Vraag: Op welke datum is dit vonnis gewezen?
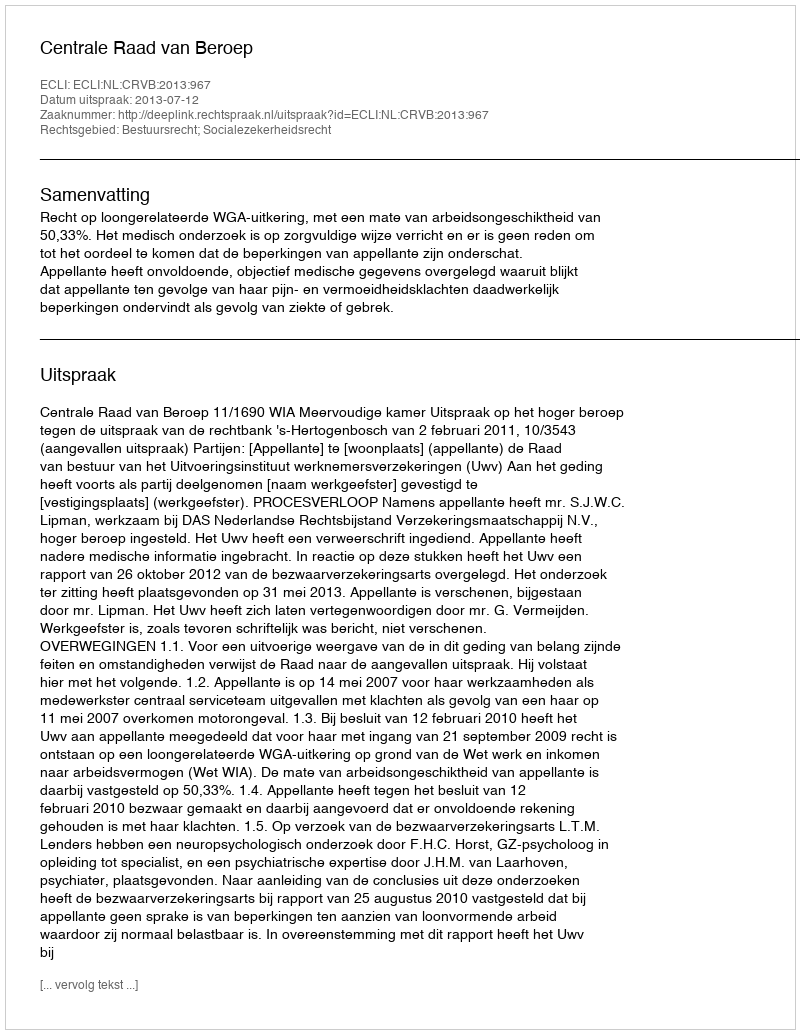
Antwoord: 2013-07-12